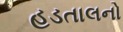
હડતાલનો